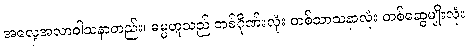
အလေ့အလာဝါသနာတည်း၊ ဓမ္မဟူသည် တစ်ဂိုဏ်းလုံး တစ်သာသနာလုံး တစ်ဆွေမျိုးလုံး